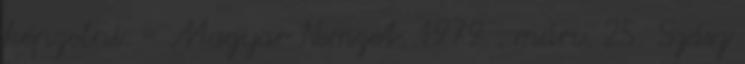
képzelni. = Magyar Nemzet. 1979 . márc. 25. Szász